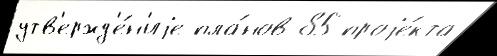
утв'ержд'е́н'иjе пла́нов 85 проjе́кта